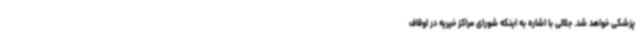
پزشکی خواهد شد. جلالی با اشاره به اینکه شورای مراکز خیریه در اوقاف